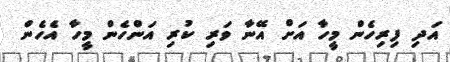
އަދި ފިރިހެން މީހާ އަށް އޭނާ ވަރި ކުރި އަންހެން މީހާ އެހެން